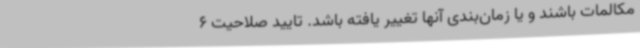
مکالمات باشند و یا زمان‌بندی آنها تغییر یافته باشد. تایید صلاحیت 6